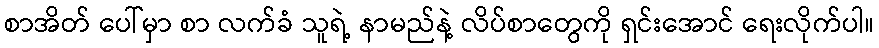
စာအိတ် ပေါ်မှာ စာ လက်ခံ သူရဲ့ နာမည်နဲ့ လိပ်စာတွေကို ရှင်းအောင် ရေးလိုက်ပါ။